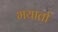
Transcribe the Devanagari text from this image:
भयार्ता